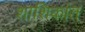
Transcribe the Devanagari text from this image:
शाशिकांत